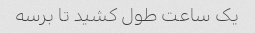
یک ساعت طول کشید تا برسه